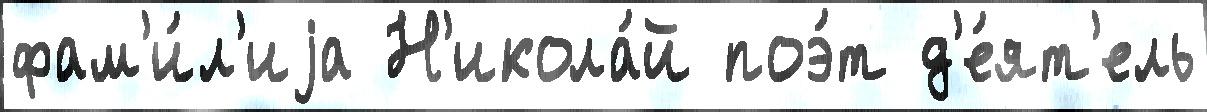
фам'и́л'иjа Н'икола́й поэ́т д'е́ят'ель